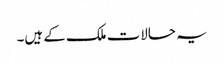
یہ حالات ملک کے ہیں۔